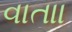
વાતાા